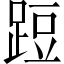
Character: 𨁋